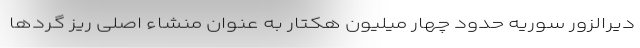
دیرالزور سوریه حدود چهار میلیون هکتار به عنوان منشاء اصلی ریز گردها